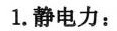
1.静电力：